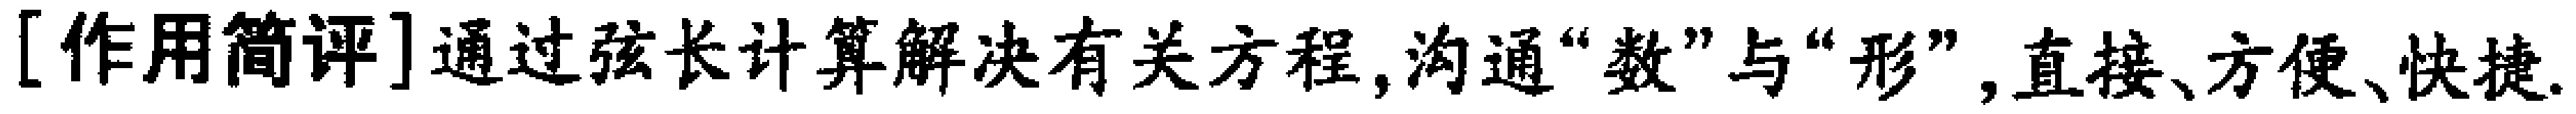
[作用简评]通过弦长计算解决有关方程,沟通“数”与“形”,直接、方便、快捷